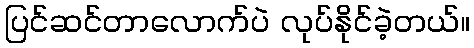
ပြင်ဆင်တာလောက်ပဲ လုပ်နိုင်ခဲ့တယ်။